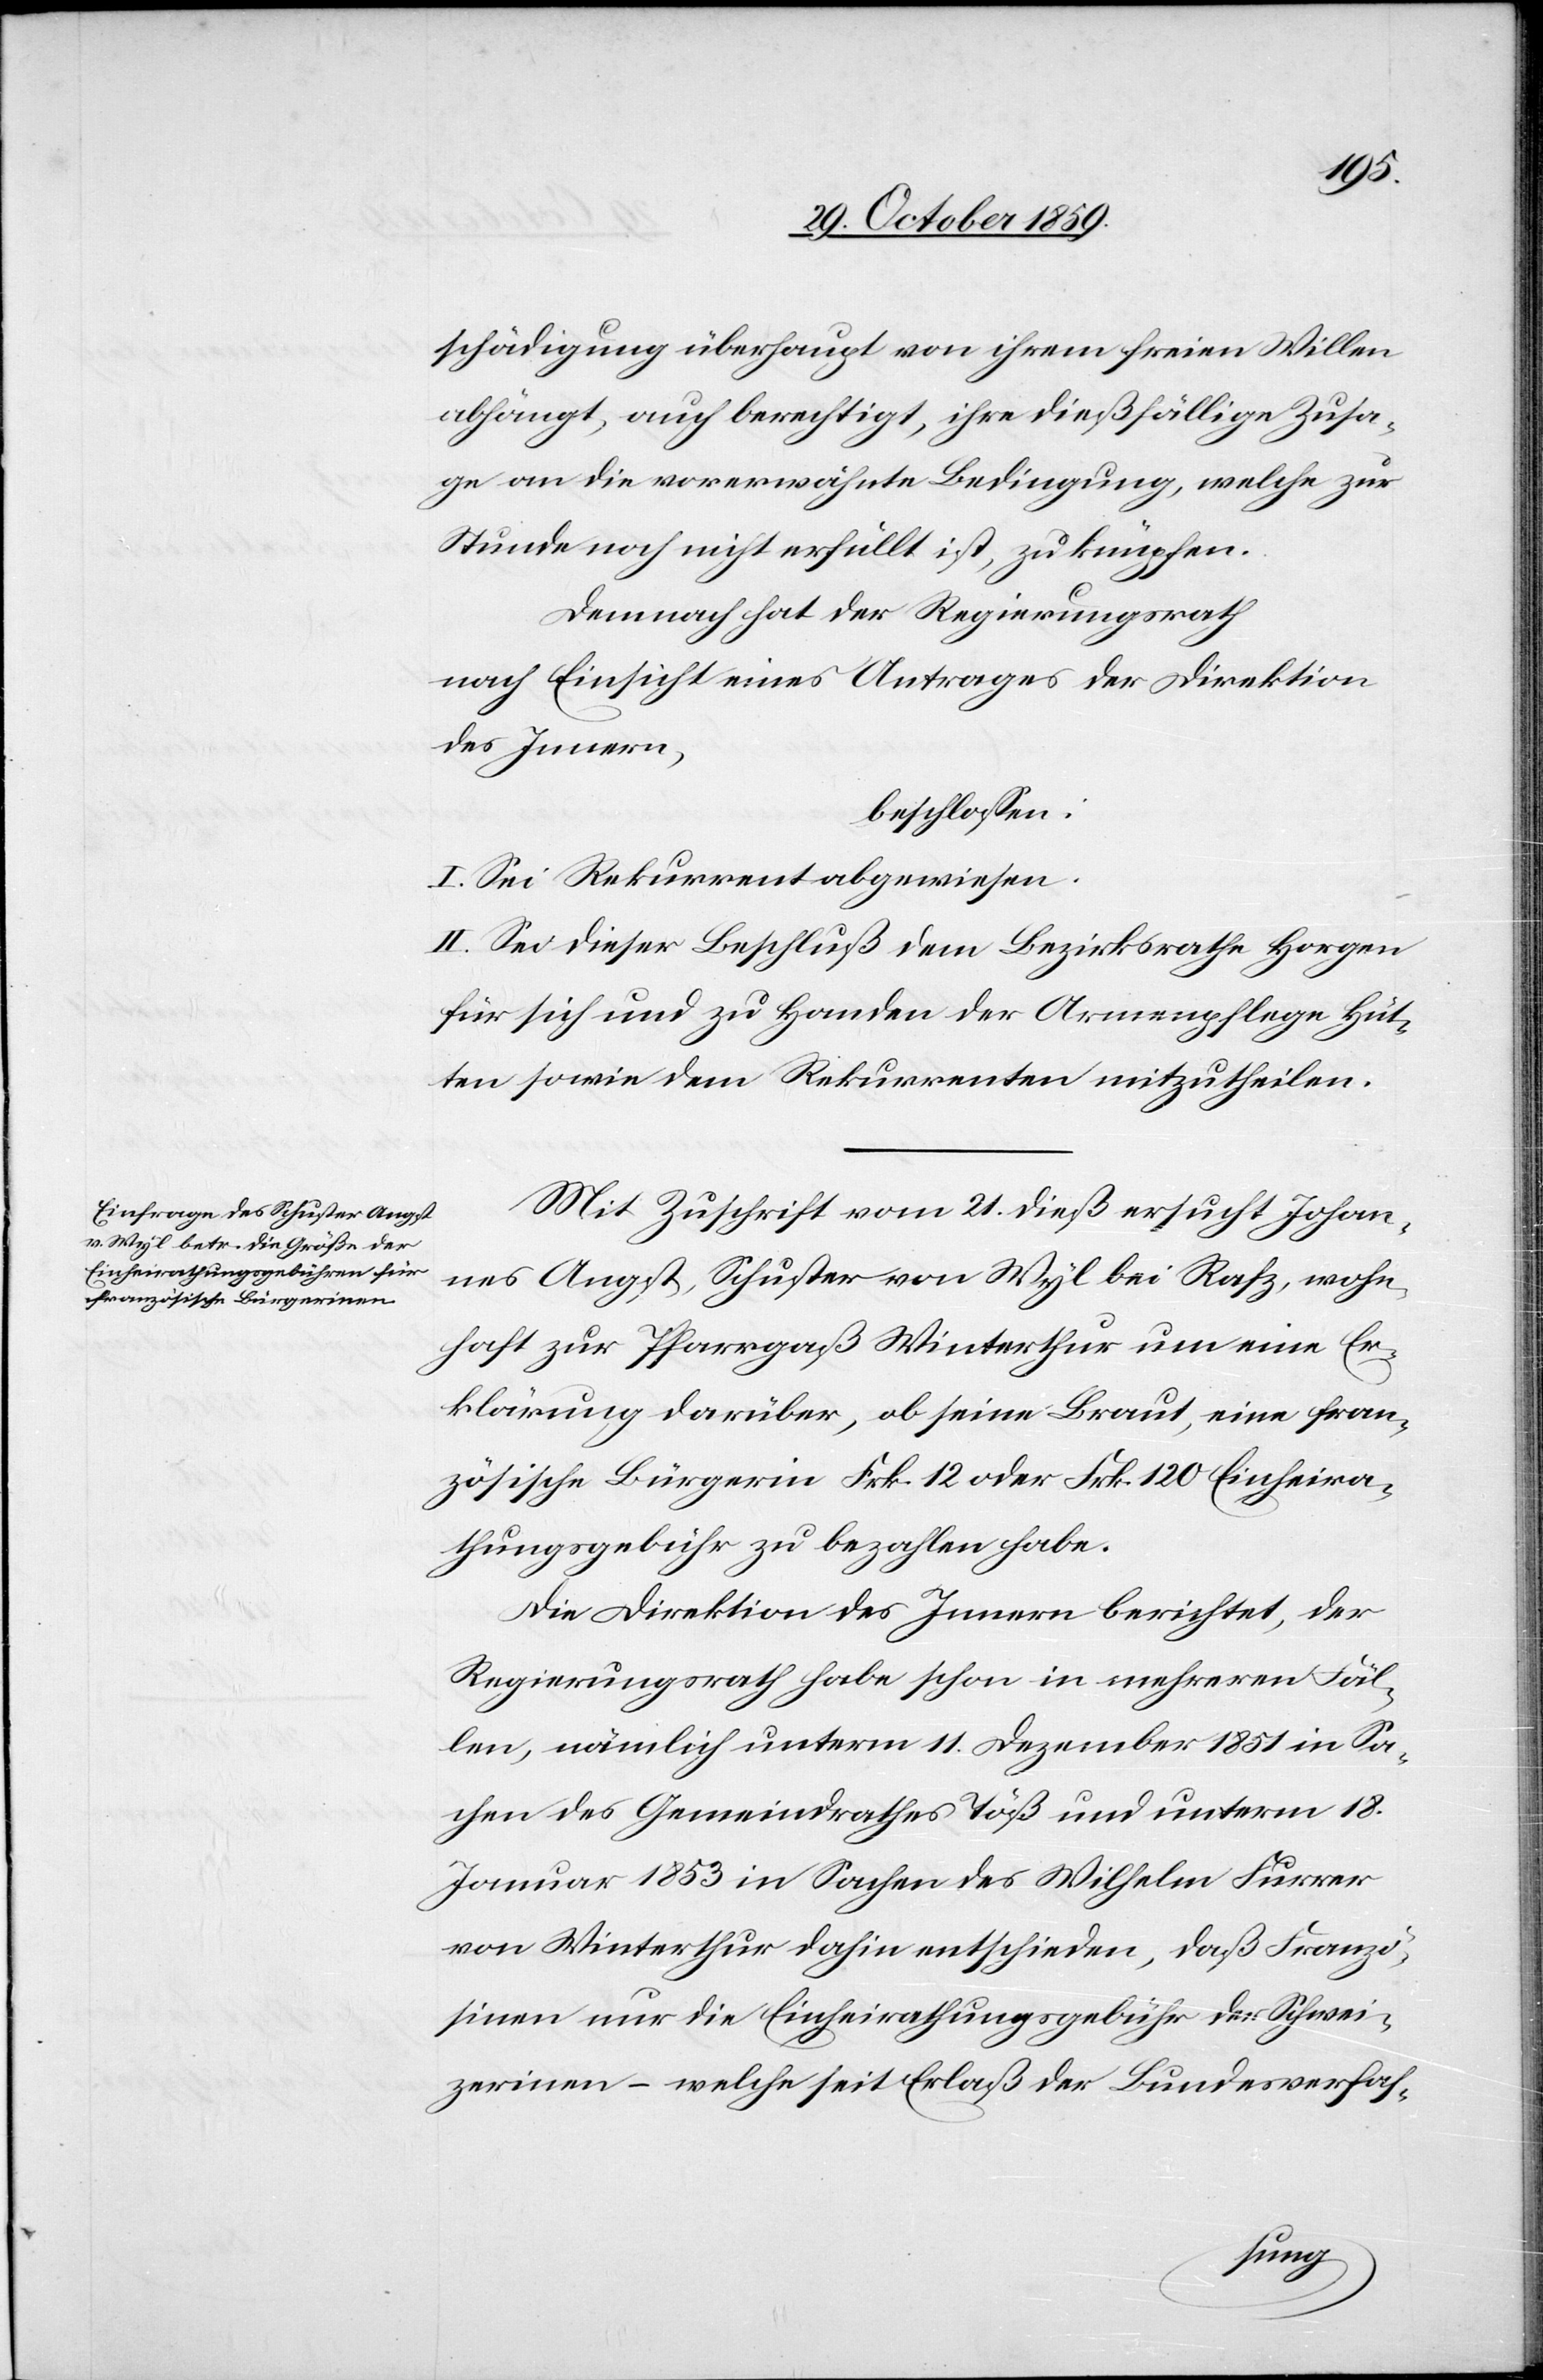
schädigung überhaupt von ihrem freien Willen
abhängt, auch berechtigt, ihre dießfällige Zula¬
ge an die vorerwähnte Bedingung, welche zu
Stunde noch nicht erfüllt ist, zu knüpfen.
Demnach hat der Regierungsrath
nach Einsicht eines Antrages der Direktion
des Innern,
beschlossen:
I. Sei Rekurrent abgewiesen.
II. Sei dieser Beschluss dem Bezirksrath Horgen
für sich und zu Handen der Armenpflege Hüt¬
ten sowie dem Rekurrenten mitzutheilen.
Mit Zuschrift vom 24. dieß ersucht Johan¬
nes Angst, Schuster von Wyl bei Rafz, wohn¬
haft zur Pfarrgaß Winterthur um eine Er¬
klärung darüber, ob seine Braut, eine fran¬
zösische Bürgerin Frk. 12 oder Frk. 120 Einheira¬
thungsgebühr zu bezahlen habe.
Die Direktion des Innern berichtet, der
Regierungsrath habe schon in mehreren Fäl¬
len, nämlich unterm 11. Dezember 1851 in Sa¬
chen des Gemeindrathes Töß und unterm 18.
Januar 1853 in Sachen des Wilhelm Furrer
von Winterthur dahin entschieden, daß Franzö¬
sinnen nur die Einheirathungsgebühr der Schwei¬
zerinnen – welche seit Erlaß der Bundesverfas-